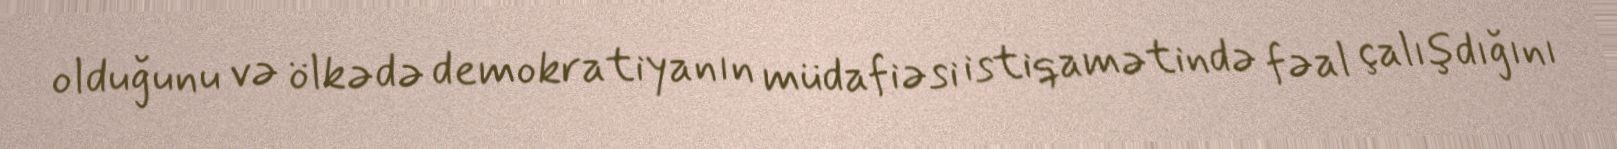
olduğunu və ölkədə demokratiyanın müdafiəsi istiqamətində fəal çalışdığını